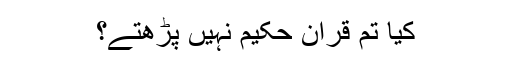
کیا تم قرآن حکیم نہیں پڑھتے؟